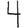
Digit: 4